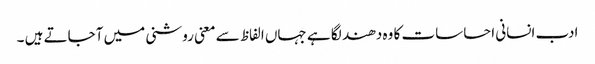
ادب انسانی احساسات کا وہ دھند لگا ہے جہاں الفاظ سے معنی روشنی میں آجاتے ہیں ۔